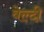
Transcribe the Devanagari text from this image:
वेल्दी